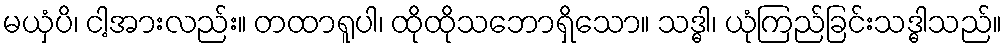
မယှံပိ၊ ငါ့အားလည်း။ တထာရူပါ၊ ထိုထိုသဘောရှိသော။ သဒ္ဓါ၊ ယုံကြည်ခြင်းသဒ္ဓါသည်။